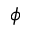
\phi